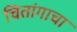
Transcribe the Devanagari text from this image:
चितांगाचा